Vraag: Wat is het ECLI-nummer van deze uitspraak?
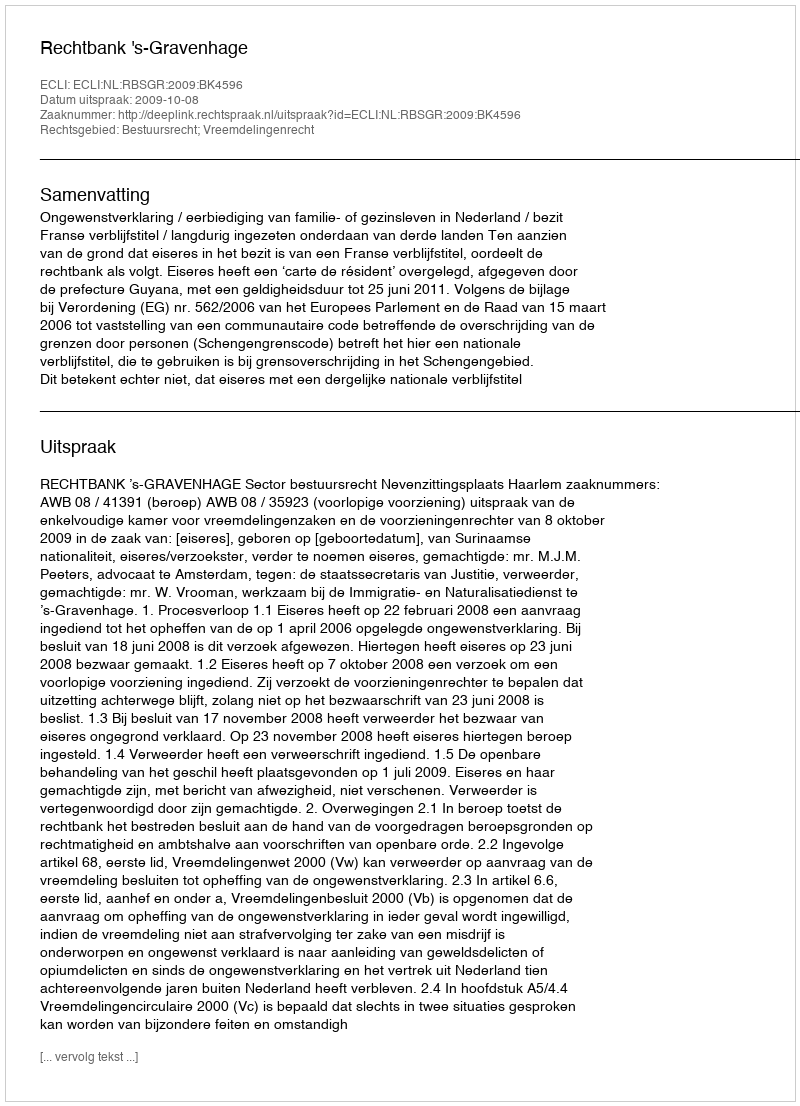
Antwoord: ECLI:NL:RBSGR:2009:BK4596